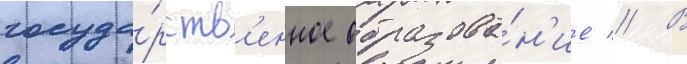
госуда́рств'енное образова́н'ие // В